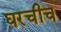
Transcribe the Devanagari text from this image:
घरचीच